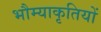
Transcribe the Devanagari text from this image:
भौम्याकृतियों